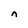
Character: n